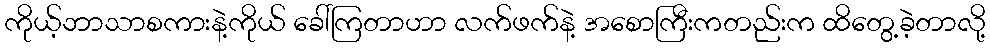
ကိုယ့်ဘာသာစကားနဲ့ကိုယ် ခေါ်ကြတာဟာ လက်ဖက်နဲ့ အစောကြီးကတည်းက ထိတွေ့ခဲ့တာလို့